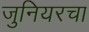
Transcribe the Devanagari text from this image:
जुनियरचा